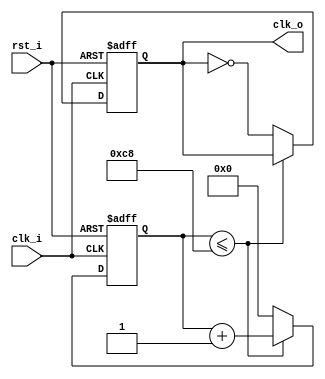
module clk_manager(
			input clk_i,
			input rst_i,
			output reg clk_o
    );

parameter DIVIDED_BY =200;

	reg [31:0] count;
	
	always@(posedge (clk_i),negedge (rst_i)) begin
		if(!rst_i) begin
			clk_o<=1'b0;
			count<=32'b0;
		end
		else begin
			if(count<=DIVIDED_BY) begin
				count<=count+32'b1;
			end else begin
				clk_o<=!clk_o;
				count<=32'b0;
			end
		end
	end

endmodule